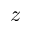
z